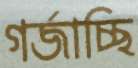
গর্জাচ্ছি